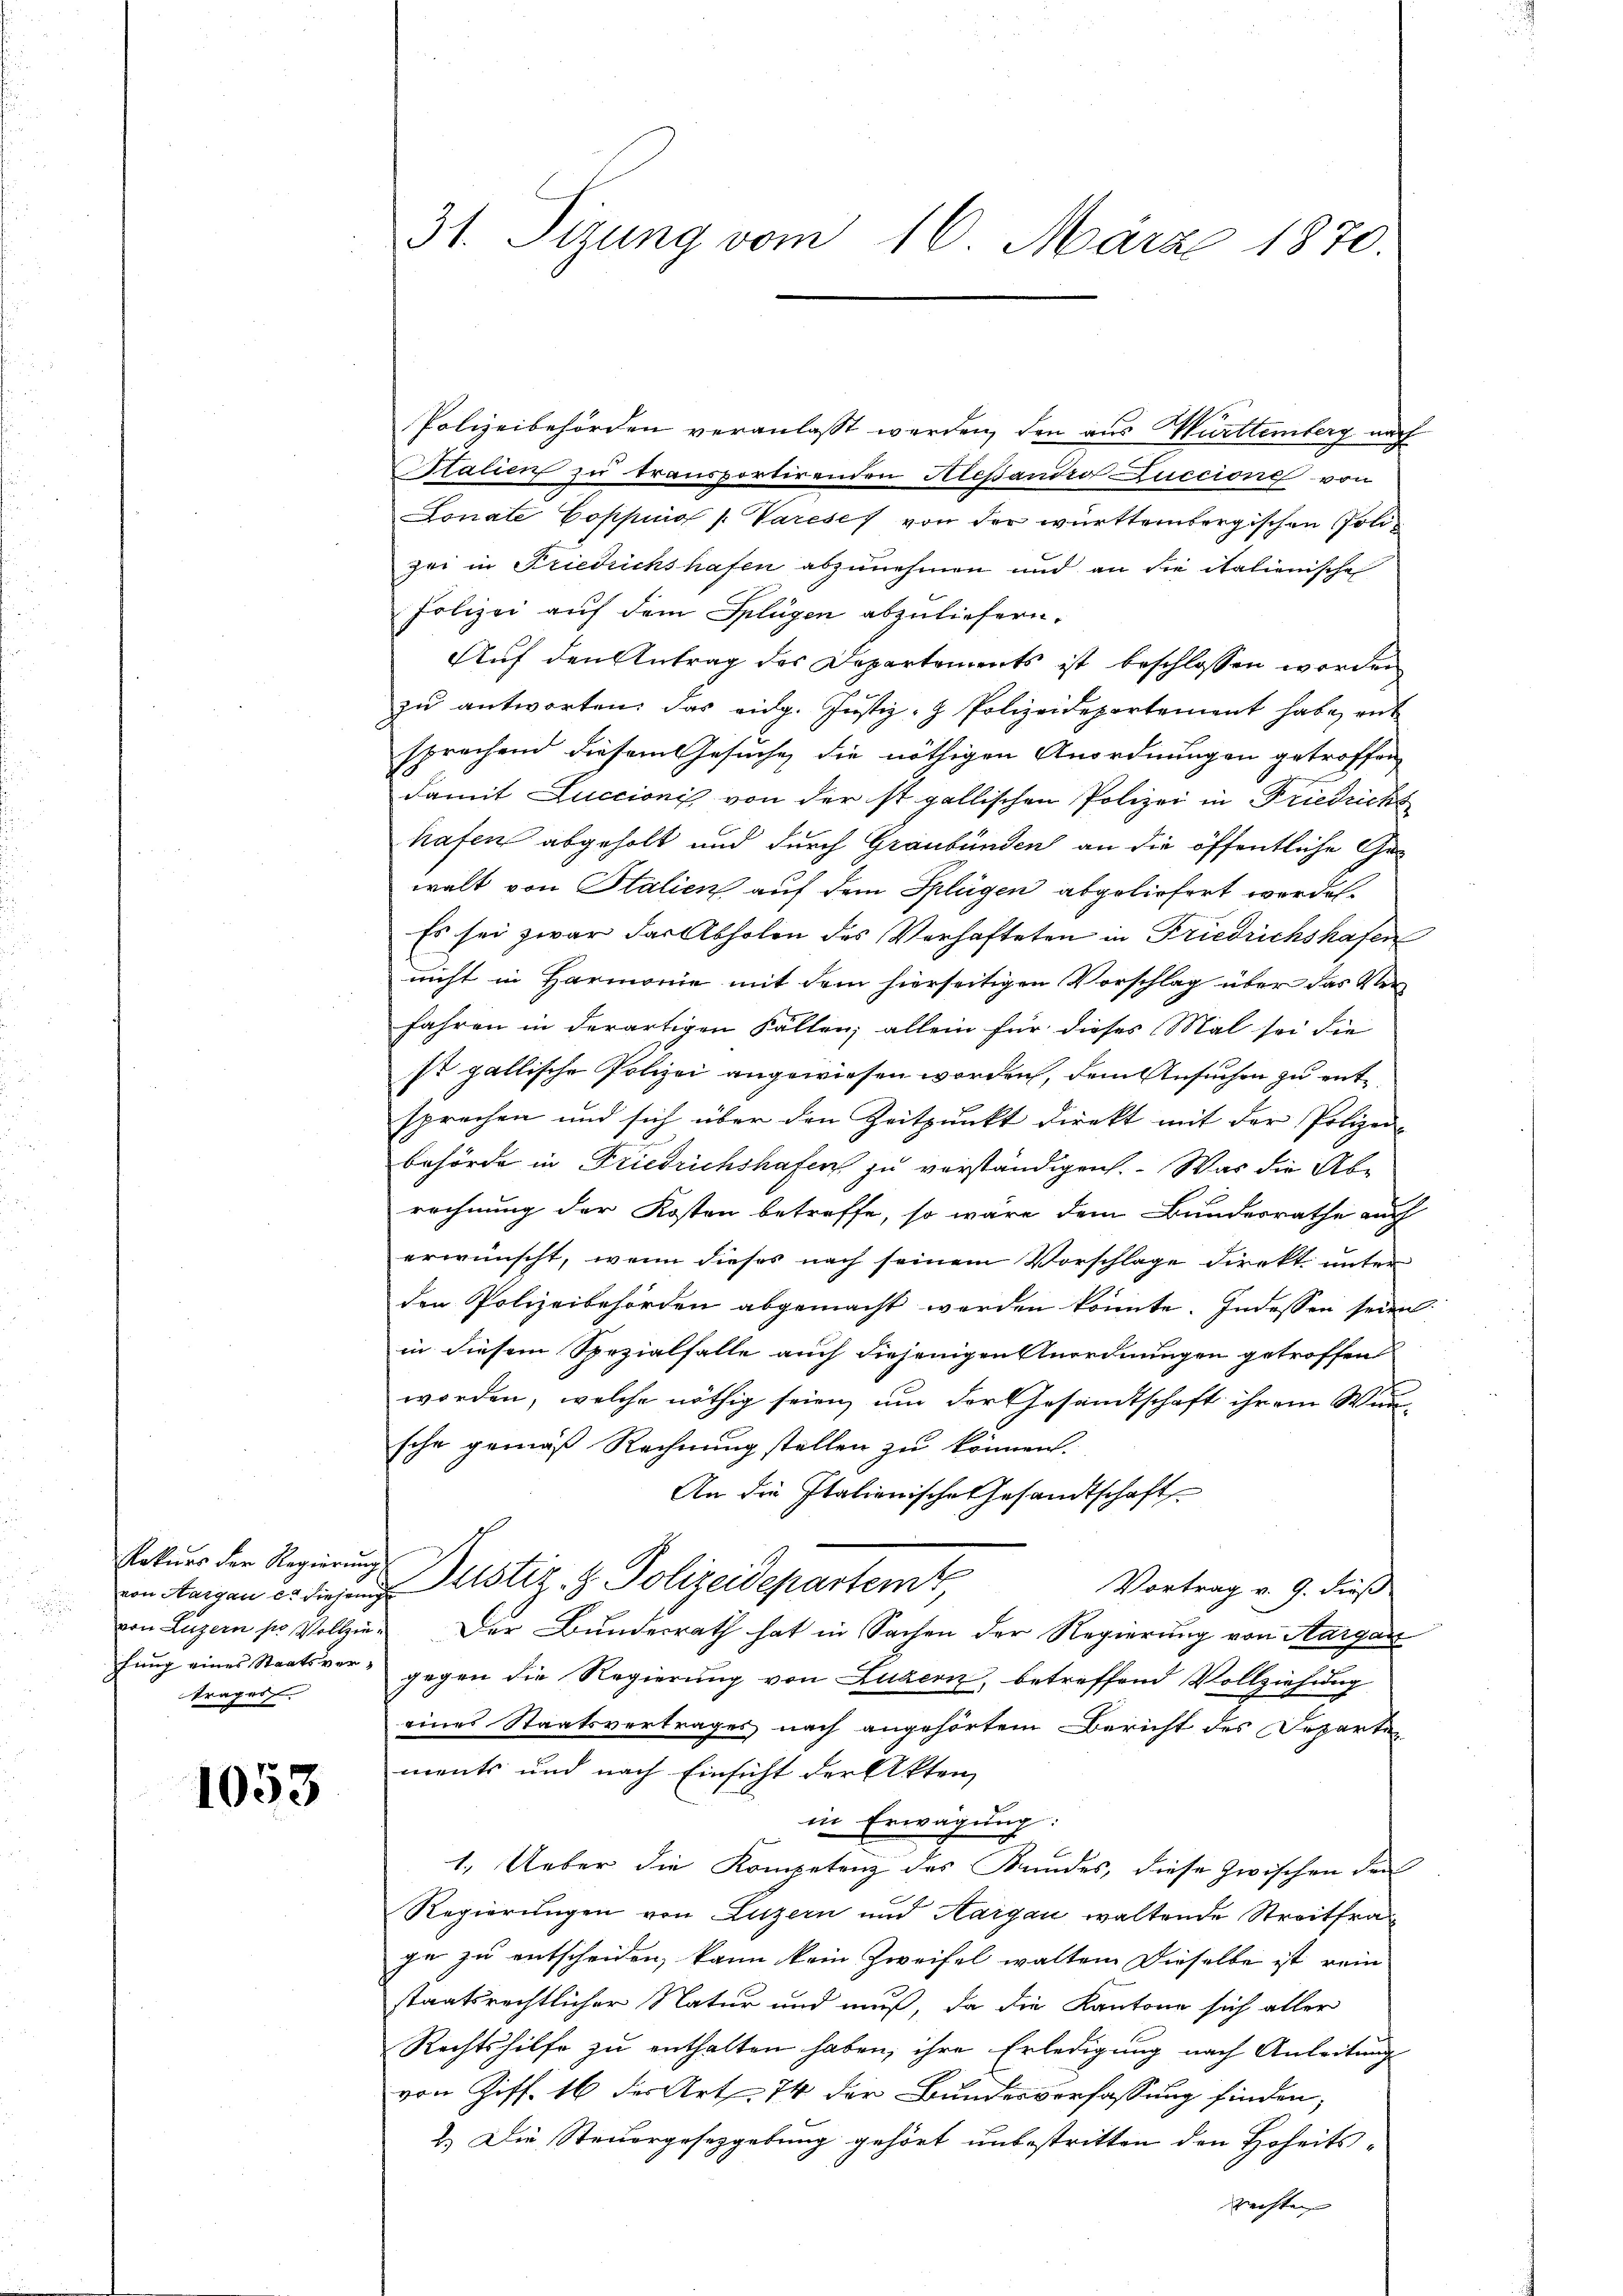
Rekurs der Regierung
trages.

1053

31. Sizung vom 16. März 1870.

Polizeibehörden veranlaßt werden, den aus Württemberg nach
Salien zu transportirenden Alessandro Luccione von
Lonate Coppinio /: Varese von der württembergischen Polizei in Friedrichshafen abzunehmen und an die italienische
Polizei auf dem Splügen abzuliefern.
Auf den Antrag des Departements ist beschlossen worden
zŭ antworten. Das eidg. Justiz- & Polizeidepartement habe, ent
sprechend diesem Gesuche die nöthigen Anordnungen getroffen
damit Luccionis von der ist gallischen Polizei in Friedrichs
hafen abgeholt und durch Graubünden an die öffentliche Gewalt von Italien auf dem Splügen abgeliefert werden.
Es sei zwar das Abholen des Verhafteten in Friedrichshafen
nicht in Harmonie mit dem hierseitigen Vorschlag über das Verfahren in derartigen Fällen; allein für dieses Mal sei die
st gallische Polizei angewiesen worden, dem Ansuchen zu entsprechen und sich über den Zeitpunkt direkt mit der Polizei-
behörde in Friedrichshafen zu verständigen. Was die Abrechnung der Kosten betreffe, so wäre dem Bundesrathe auch
erwünscht, wenn dieses nach seinem Vorschlage direkt unter
den Polizeibehörden abgemacht werden könnte. Indessen seien
in diesem Spezialfalle auch diejenigen Anordnungen getroffen
worden, welche nöthig seien, um der Gesandtschaft ihrem Wun-
sche gemäß Rechnung stellen zu können.
An die Italienische Gesandtschaft
un bangen in des und Dustiz- & Polizeidepartemt
Vortrag v. 9. dieß
von Luzern pr Vollzie- Der Bunderrath hat in Sachen der Regierung von Aargau
hung eines Staatsver- gegen die Regierung von Luzern, betreffend Vollziehung
eines Staatsvertrages nach angehörtem Bericht des Departen
ments und nach Einsicht der Akten
in Erwägung:
1. Ueber die Kompetenz des Kundes, diese zwischen den
Regierungen von Luzern und Aargau waltende Streitfraje zu entscheiden, kann kein Zweifel walten Dieselbe ist rein
staatsrechtlicher Natur und muß, da die Kantone sich aller
Rechtshilfe zu enthalten haben, ihre Erledigung nach Anleitung
von Ziff. 16 der Art. 74 der Bundesverfassung finden,
2.) Die Steuergesetzgebung gehört unbestritten den Hoheitsrechten |